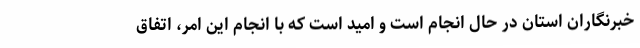
خبرنگاران استان در حال انجام است و امید است که با انجام این امر، اتفاق